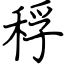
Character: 稃